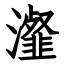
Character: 瀣